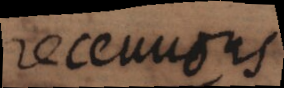
receuuons